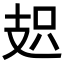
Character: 𭣗